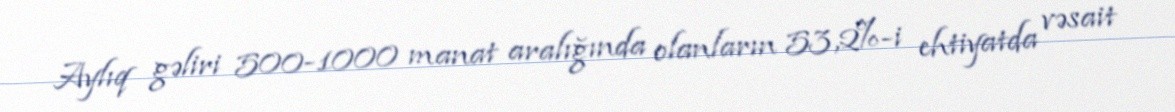
Aylıq gəliri 500-1000 manat aralığında olanların 53,2%-i ehtiyatda vəsait